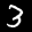
Label: 3